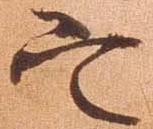
定